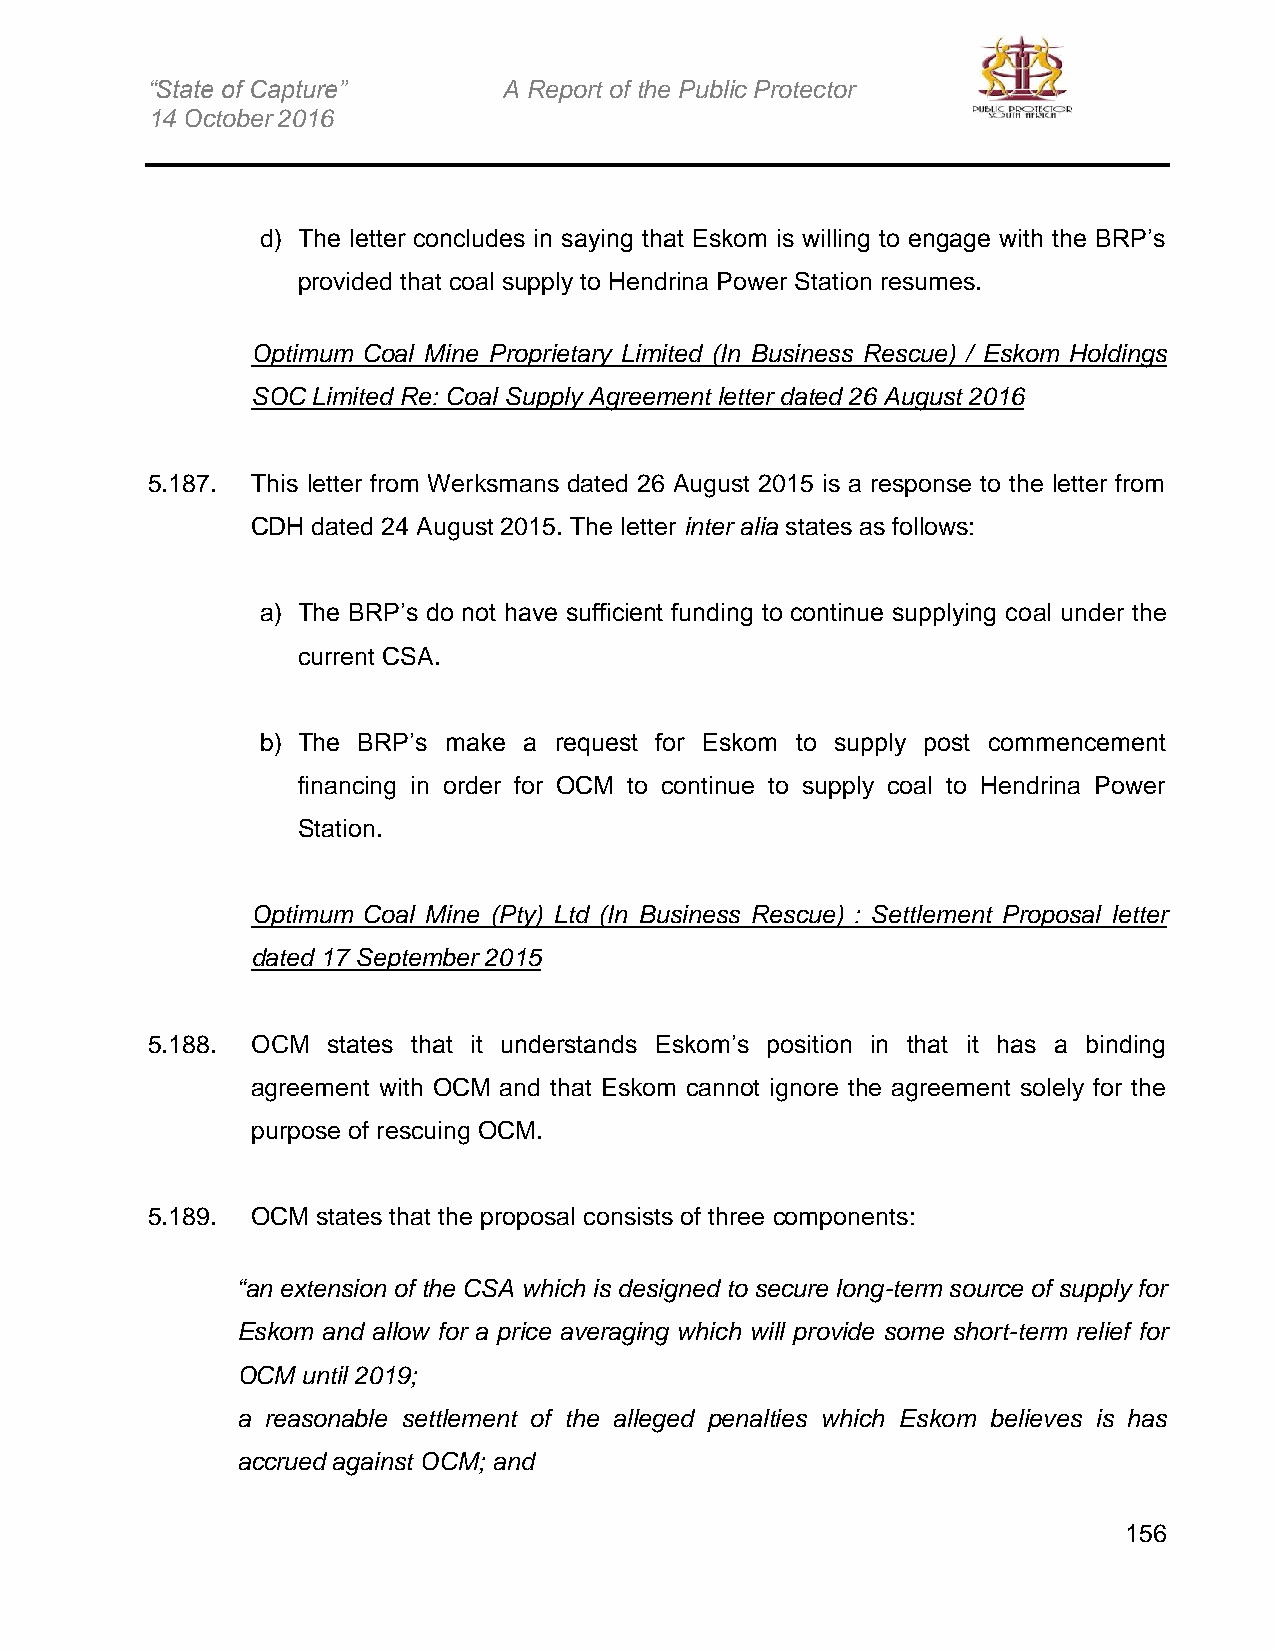
“State of Capture”     A Report of the Public Protector
 14 October 2016
 d) The letter concludes in saying that Eskom is willing to engage with the BRP’s
 provided that coal supply to Hendrina Power Station resumes.
 Optimum Coal Mine Proprietary Limited (In Business Rescue) / Eskom Holdings
 SOC Limited Re: Coal Supply Agreement letter dated 26 August 2016
 5.187. This letter from Werksmans dated 26 August 2015 is a response to the letter from
 CDH dated 24 August 2015. The letter inter alia states as follows:
 a) The BRP’s do not have sufficient funding to continue supplying coal under the
 current CSA.
 b) The BRP’s make a request for Eskom to supply post commencement
 financing in order for OCM to continue to supply coal to Hendrina Power
 Station.
 Optimum Coal Mine (Pty) Ltd (In Business Rescue) : Settlement Proposal letter
 dated 17 September 2015
 5.188. OCM  states that it understands Eskom’s position in that it has a binding
 agreement with OCM and that Eskom cannot ignore the agreement solely for the
 purpose of rescuing OCM.
 5.189. OCM states that the proposal consists of three components:
 “an extension of the CSA which is designed to secure long-term source of supply for
 Eskom and allow for a price averaging which will provide some short-term relief for
 OCM until 2019;
 a reasonable settlement of the alleged penalties which Eskom believes is has
 accrued against OCM; and
 156